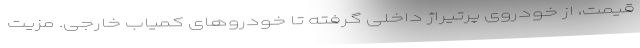
‌قیمت، از خودروی پرتیراژ داخلی گرفته تا خودروهای کمیاب خارجی. مزیت